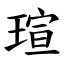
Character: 瑄